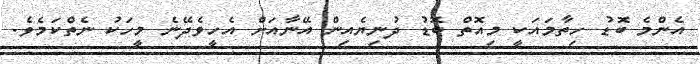
އެންމެ ބޮޑު ހިތާމައަކީ މިއޮތް ބޮޑު ދުނިޔެއިން އޭނާއަށް އެހީވެދޭނެ މީހަކު ނެތްކަމެވެ.